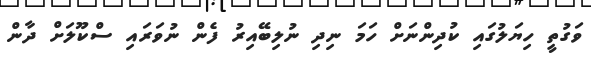
ވަގުތީ ހިޔަލުގައި ކުދިންނަށް ހަމަ ނިދި ނުލިބޭއިރު ފެން ނުވަރައި ސްކޫލަށް ދާން